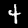
Digit: 4